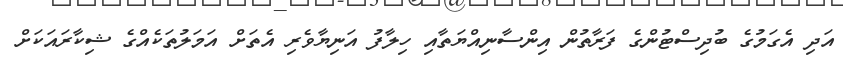
އަދި އެގަމުގެ ބުދިސްޓުންގެ ފަރާތުން އިންސާނިއްޔަތާއި ހިލާފު އަނިޔާވެރި އެތަށް އަމަލުތަކެއްގެ ޝިކާރައަކަށް